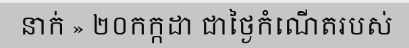
នាក់ » ២០កក្កដា ជាថ្ងៃកំណើតរបស់